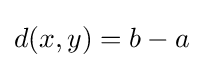
d(x,y)=b-a